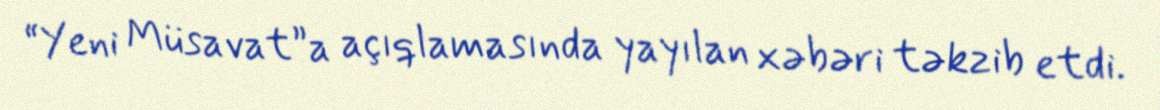
“Yeni Müsavat”a açıqlamasında yayılan xəbəri təkzib etdi.